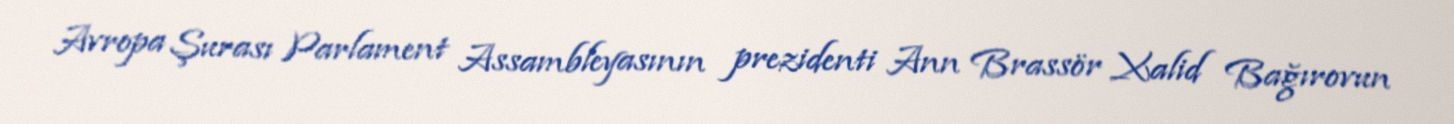
Avropa Şurası Parlament Assambleyasının prezidenti Ann Brassör Xalid Bağırovun